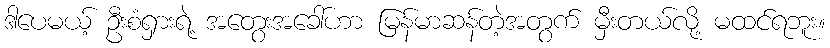
ဒါပေမယ့် ဦးစံရှားရဲ့ အတွေးအခေါ်ဟာ မြန်မာဆန်တဲ့အတွက် မှီးတယ်လို့ မထင်ရဘူး။